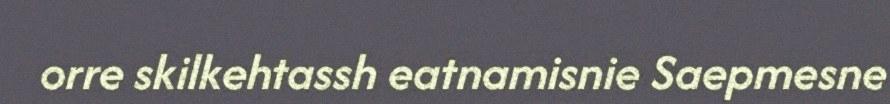
orre skilkehtassh eatnamisnie Saepmesne